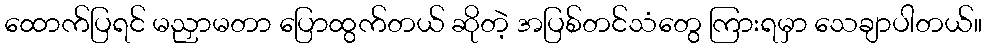
ထောက်ပြရင် မညှာမတာ ပြောထွက်တယ် ဆိုတဲ့ အပြစ်တင်သံတွေ ကြားရမှာ သေချာပါတယ်။